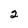
Character: 2